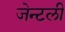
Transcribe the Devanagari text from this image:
जेन्टली